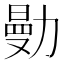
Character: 𠢝